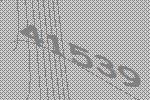
41539